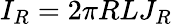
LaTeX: I_{R}=2\pi RLJ_{R}